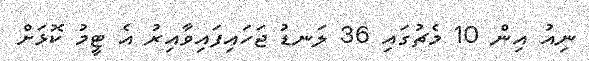
ނިއު އިން 10 މެޗުގައި 36 ލަނޑު ޖަހައިފައިވާއިރު އެ ޓީމު ކޮޅަށް